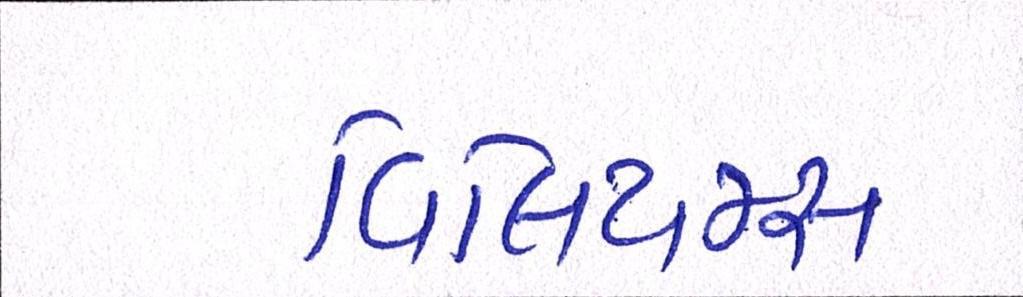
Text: વિલિયમ્સ